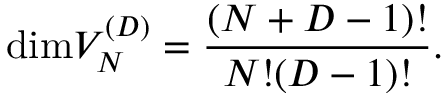
\mathrm { d i m } V _ { N } ^ { ( D ) } = { \frac { ( N + D - 1 ) ! } { N ! ( D - 1 ) ! } } .